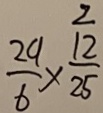
\frac { 2 9 } { 6 } \times \frac { 1 2 } { 2 5 }